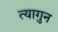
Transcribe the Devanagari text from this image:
त्यागुन